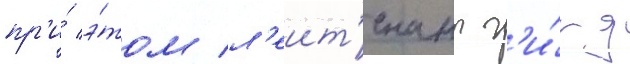
пр'и́ э́том л'еит'енант г'и́рд